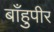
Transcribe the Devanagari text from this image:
बाँहुपीर